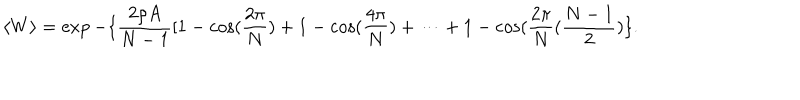
\langle W \rangle = \exp - \{ \frac { 2 \rho A } { N - 1 } [ 1 - \cos ( \frac { 2 \pi } { N } ) + 1 - \cos ( \frac { 4 \pi } { N } ) + \dots + 1 - \cos ( \frac { 2 \pi } { N } ( \frac { N - 1 } { 2 } ) \} .